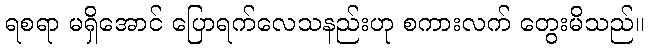
ရစရာ မရှိအောင် ပြောရက်လေသနည်းဟု စကားလက် တွေးမိသည်။